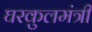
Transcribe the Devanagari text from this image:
घरकुलमंत्री